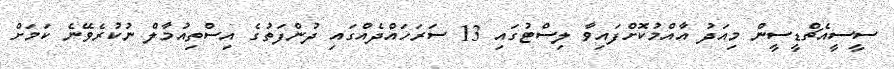
ސީސީއެޗްޑީސީން މިއަދު އާއްމުކޮށްފައިވާ ލިސްޓުގައި 13 ސަރަހައްދެއްގައި ދުންފަތުގެ އިސްތިއުމާލް ނުކުރެވޭނެ ކަމަށް